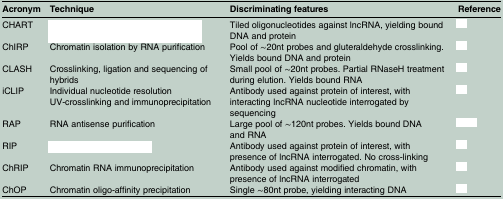
<table><thead><tr><td><b>Acronym</b></td><td><b>Technique</b></td><td><b>Discriminating features</b></td><td><b>Reference</b></td></tr></thead><tbody><tr><td>CHART</td><td>[EMPTY_CELL]</td><td>Tiled oligonucleotides against lncRNA, yielding bound DNA and protein</td><td>[EMPTY_CELL]</td></tr><tr><td>ChIRP</td><td>Chromatin isolation by RNA purification</td><td>Pool of ∼20nt probes and gluteraldehyde crosslinking. Yields bound DNA and protein</td><td>[EMPTY_CELL]</td></tr><tr><td>CLASH</td><td>Crosslinking, ligation and sequencing of hybrids</td><td>Small pool of ∼20nt probes. Partial RNaseH treatment during elution. Yields bound RNA</td><td>[EMPTY_CELL]</td></tr><tr><td>iCLIP</td><td>Individual nucleotide resolution UV-crosslinking and immunoprecipitation</td><td>Antibody used against protein of interest, with interacting lncRNA nucleotide interrogated by sequencing</td><td>[EMPTY_CELL]</td></tr><tr><td>RAP</td><td>RNA antisense purification</td><td>Large pool of ∼120nt probes. Yields bound DNA and RNA</td><td>[EMPTY_CELL]</td></tr><tr><td>RIP</td><td>[EMPTY_CELL]</td><td>Antibody used against protein of interest, with presence of lncRNA interrogated. No cross-linking</td><td>[EMPTY_CELL]</td></tr><tr><td>ChRIP</td><td>Chromatin RNA immunoprecipitation</td><td>Antibody used against modified chromatin, with presence of lncRNA interrogated</td><td>[EMPTY_CELL]</td></tr><tr><td>ChOP</td><td>Chromatin oligo-affinity precipitation</td><td>Single ∼80nt probe, yielding interacting DNA</td><td>[EMPTY_CELL]</td></tr></tbody></table>